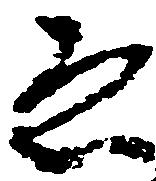
ゑ